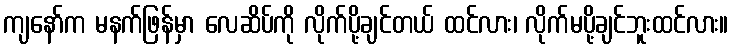
ကျနော်က မနက်ဖြန်မှာ လေဆိပ်ကို လိုက်ပို့ချင်တယ် ထင်လား၊ လိုက်မပို့ချင်ဘူးထင်လား။